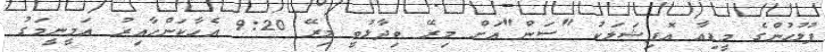
ފުލުހުންގެ މީޑިއާ އޮފިޝަލަކު "ސަން"އަށް މިރޭ ވިދާޅުވީ މިރޭ 9:20 އެހާކަންހާއިރު އަމީނީމަގު